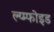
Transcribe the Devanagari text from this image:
ल्य्म्फोइड